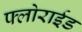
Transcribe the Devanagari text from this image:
फ्लोराईड